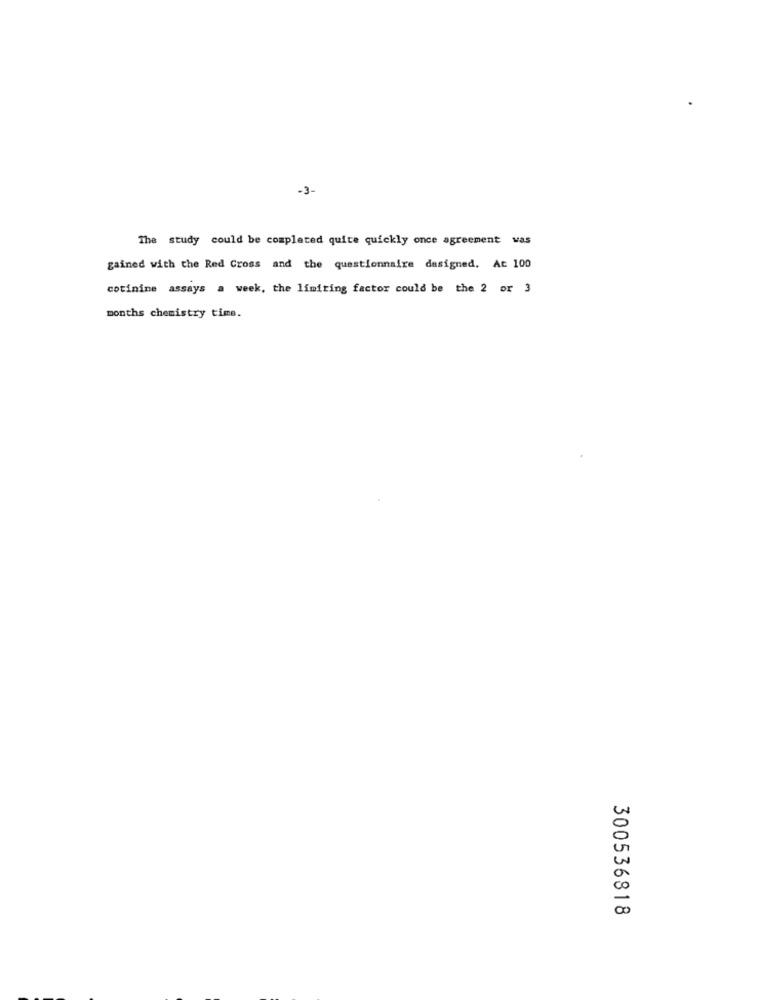
-3-
The study could be completed quite quickly once agreement was
gained with the Red Cross and the questionnaire dasigned, At 100
cotinine assays a week, the limiting factor could be the 2 or 3
months chemistry time.
300536818